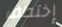
إختطف